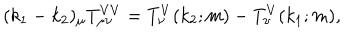
( k _ { 1 } - k _ { 2 } ) _ { \mu } T _ { \mu \nu } ^ { V V } = T _ { \nu } ^ { V } ( k _ { 2 } ; m ) - T _ { \nu } ^ { V } ( k _ { 1 } ; m ) ,